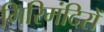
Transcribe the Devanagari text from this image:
गिरिमंदिरों